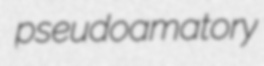
pseudoamatory